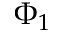
\Phi _ { 1 }